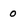
Character: 0